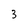
Character: 3